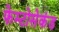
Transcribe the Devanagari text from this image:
फेम्टोसेकंड